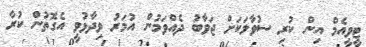
ޓީވީއެމް އިން ކުރި ސުވާލަކަށް ޖަވާބު ދެއްވަމުން އުމަރު ވިދާޅުވީ އެގޮތުން ކުރާ